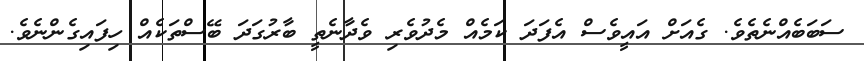
ސަބަބެެއްނެތެވެ. ގެއަށް އައީވެސް އެފަދަ ކަމެއް މެދުވެރި ވެދާނެތީ ބާރުގަދަ ބޭސްތަކެއް ހިފައިގެންނެވެ.